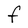
Character: F